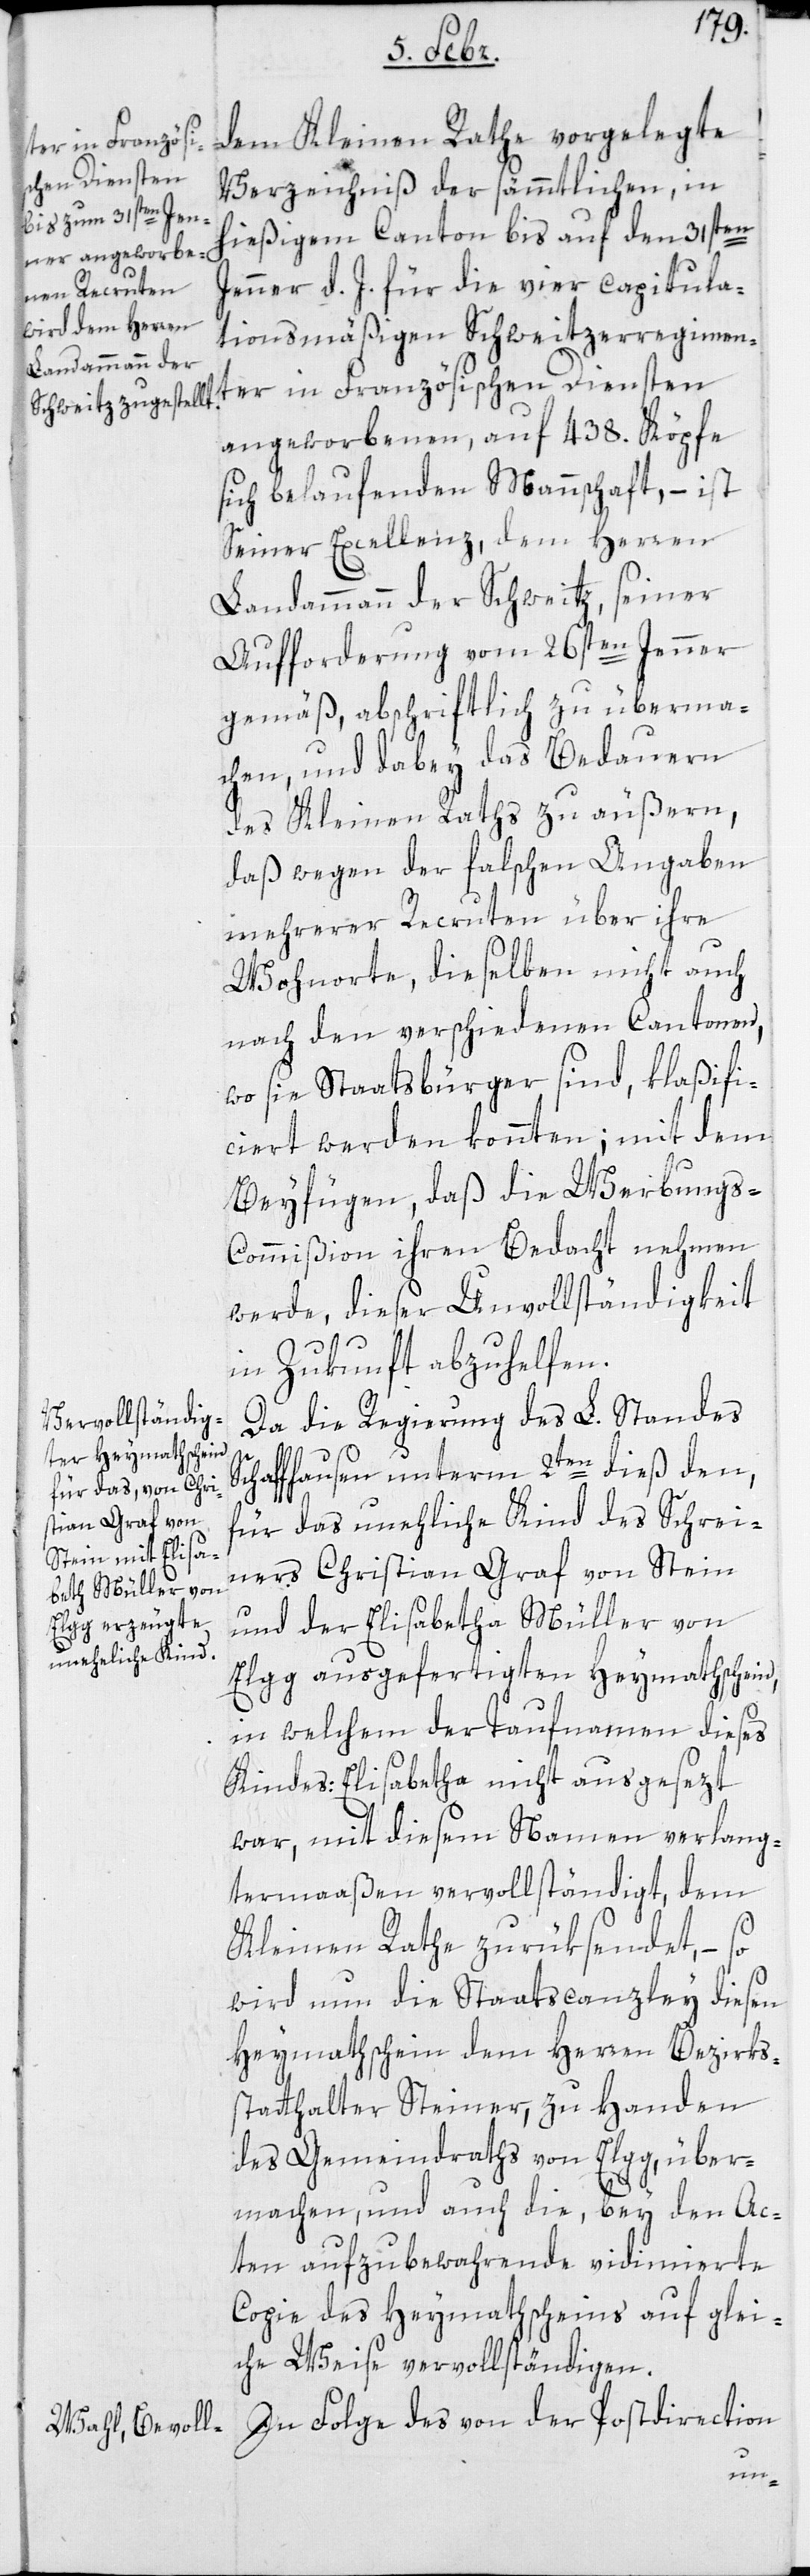
dem Kleinen Rathe vorgelegte
Verzeichniß der sämmtlichen, in
hießigem Canton bis auf den 31sten
Jenner d. J. für die vier capitula¬
tionsmäßigen Schweitzerregimen¬
ter in Französischen Diensten
angeworbenen, auf 438. Köpfe
sich belaufenden Mannschaft, – ist
Seiner Excellenz dem Herren
Landammann der Schweitz, seiner
Aufforderung vom 26sten Jenner
gemäß, abschriftlich zu überma¬
chen, und dabey das Bedauern
des Kleinen Raths zu äußern,
daß wegen der falschen Angaben
mehrerer Recruten über ihre
Wohnorte, dieselben nicht auch
nach den verschiedenen Cantonen,
wo sie Staatsbürger sind, klaßifi¬
ciert werden konnten; mit dem
Beyfügen, daß die Werbungs-C¬
ommißion ihren Bedacht nehmen
werde, dieser Unvollständigkeit
in Zukunft abzuhelfen.
Da die Regierung des L. Standes
Schaffhausen unterm 2ten dieß den,
für das unehliche Kind des Schrei¬
ners Christian Graf von Stein,
und der Elisabetha Müller von
Elgg ausgefertigten Heymatschein,
in welchem der Taufnamen dieses
Kindes: Elisabetha nicht ausgesezt
war, mit diesem Namen verlang¬
termaaßen vervollständigt, dem
Kleinen Rathe zurüksendet, – so
wird nun die Staatscanzley diesen
Heimatschein dem Herren Bezirks¬
statthalter Steiner zu Handen
des Gemeindraths von Elgg über¬
machen und auch die, bey den Ac¬
ten aufzubewahrenden vidimierte
Copie des Heymatscheins auf glei¬
che Weise vervollständigen.
In Folge des von der Postdirection